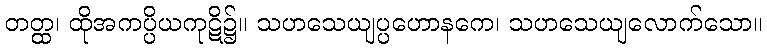
တတ္ထ၊ ထိုအကပ္ပိယကုဋိ၌။ သဟသေယျပ္ပဟောနကေ၊ သဟသေယျလောက်သော။